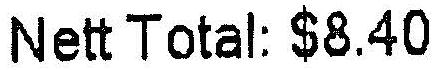
NETT TOTAL: $8.40